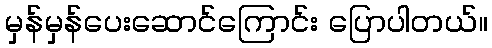
မှန်မှန်ပေးဆောင်ကြောင်း ပြောပါတယ်။